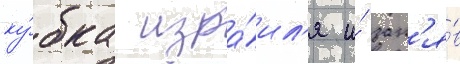
ку́бка изра́ил'я и́ зан'я́в